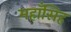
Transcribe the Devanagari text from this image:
महाँसिह